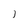
Character: 1